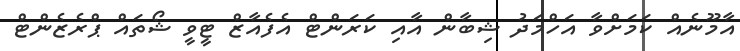
އާމޫނެއް ކަމަށްވާ އަހްމަދު ޝިބާން އާއި ކަރަންޓް އެފެއާޒް ޓީވީ ޝޯތައް ޕްރެޒެންޓް